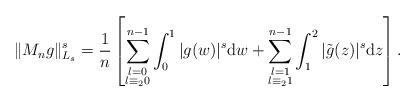
LaTeX: \begin{align*} \Vert M_n g\Vert_{L_s}^s&=\frac{1}{n} \left[ \sum_{\substack{ l=0\\ l\equiv_2 0 }}^{n-1} \int_0^1 \vert g(w) \vert^s \mathrm{d}w+\sum_{\substack{ l=1\\ l\equiv_2 1 }}^{n-1} \int_1^2 \vert \tilde g(z) \vert^s \mathrm{d}z\right].\end{align*}